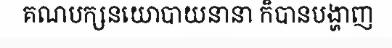
គណបក្សនយោបាយនានា ក៏បានបង្ហាញ